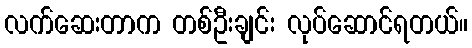
လက်ဆေးတာက တစ်ဦးချင်း လုပ်ဆောင်ရတယ်။